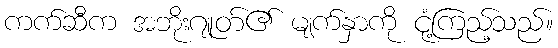
ကက်ဆီက အဘိုးဂျုတ်၏ မျက်နှာကို ငုံ့ကြည့်သည်။